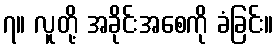
၇။ လူတို့ အခိုင်းအစေကို ခံခြင်း။